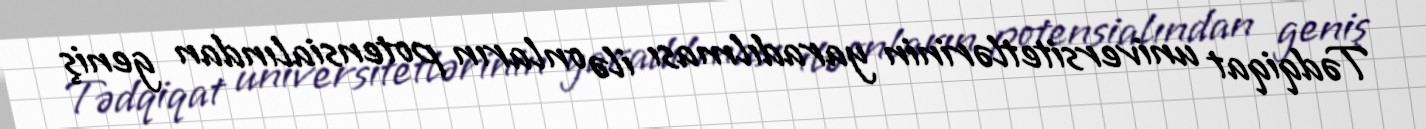
Tədqiqat universitetlərinin yaradılması ilə onların potensialından geniş